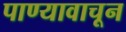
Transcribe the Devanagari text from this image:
पाण्यावाचून